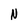
Character: N